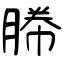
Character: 幐